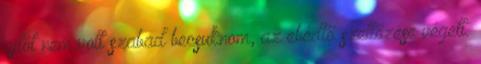
ajtót nem volt szabad becsuknom, az ebédlő szellőzése végett.